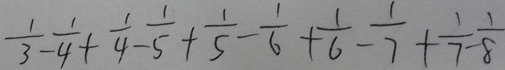
\frac { 1 } { 3 } - \frac { 1 } { 4 } + \frac { 1 } { 4 } - \frac { 1 } { 5 } + \frac { 1 } { 5 } - \frac { 1 } { 6 } + \frac { 1 } { 6 } - \frac { 1 } { 7 } + \frac { 1 } { 7 } - \frac { 1 } { 8 }